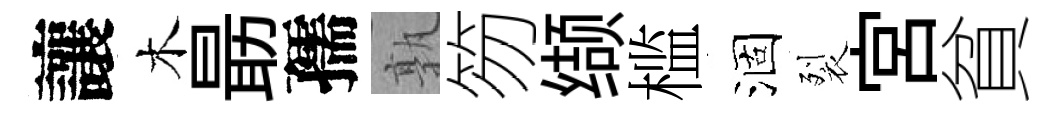
讓木朂孺孰笏缬槛涸裂宫貧